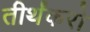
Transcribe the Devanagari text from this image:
तीर्थंकरो